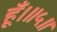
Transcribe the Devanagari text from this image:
हूँ।॥५॥